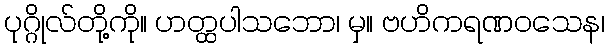
ပုဂ္ဂိုလ်တို့ကို။ ဟတ္ထပါသဘော၊ မှ။ ဗဟိကရဏဝသေန၊